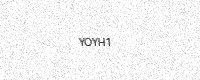
Text: YOYH1